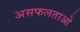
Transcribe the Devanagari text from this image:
असफलताओ